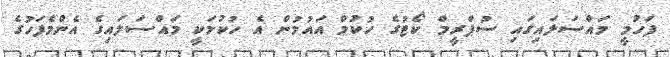
ފަހުމީ މައްސަލައިގައި ސުޕްރީމް ކޯޓުގެ ހުކުމް އައުމުން އެ ހުކުމަކީ މައްސަލައިގެ އެންމެފަހުގެ